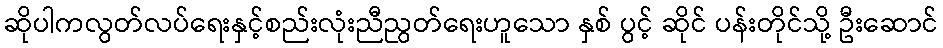
ဆိုပါကလွတ်လပ်ရေးနှင့်စည်းလုံးညီညွတ်ရေးဟူသော နှစ် ပွင့် ဆိုင် ပန်းတိုင်သို့ ဦးဆောင်